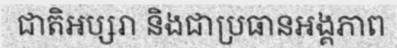
ជាតិអប្សរា និងជាប្រធានអង្គភាព